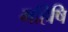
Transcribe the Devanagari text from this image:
महिषि